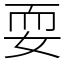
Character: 耍